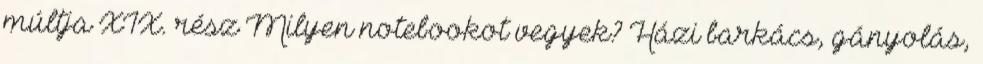
múltja XIX. rész Milyen notebookot vegyek? Házi barkács, gányolás,